Indian Medical Review
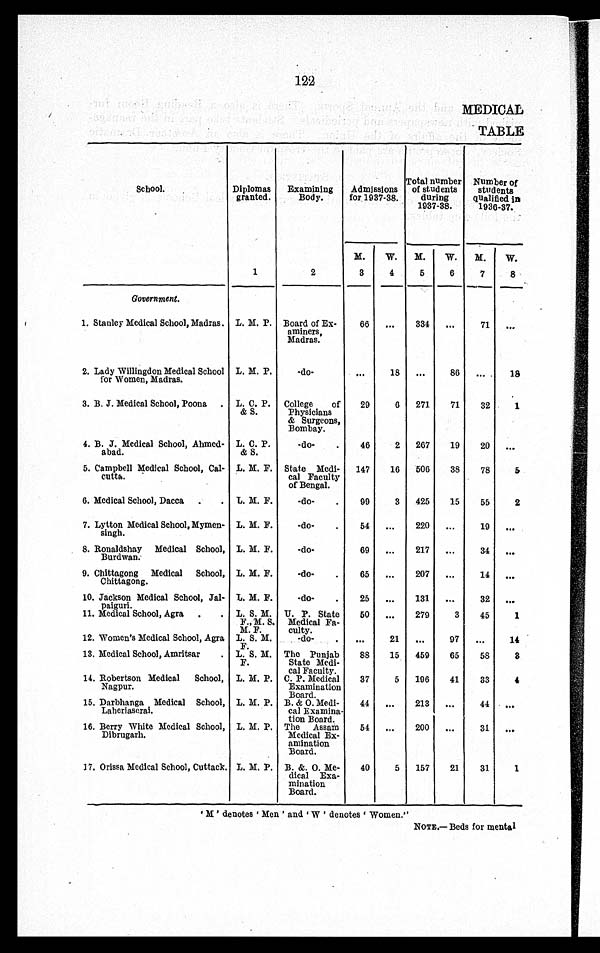
122
MEDICAL
TABLE
School.
Diplomas
granted.
Examining
Body.
Admissions
for 1937-38.
Total number
of students
during
1937-38.
Number of
students
qualified in
1936-37.
M.
W. M.
W. M.
W.
1
2
3
4
5
6
7
8
Government.
1. Stanley Medical School, Madras. L. M. P. Board of Ex-
aminers,
Madras.
66 ...
334 ...
71 ...
2. Lady Willingdon Medical School
for Women, Madras.
L. M. P.
-do-
...
18 ...
86 ...
18
3. B. J. Medical School, Poona . L. C. P.
& S.
College of
Physicians
& Surgeons,
Bombay.
29
6 271
71
32
1
4. B. J. Medical School, Ahmed-
sbad.
L. C. P.
& S.
-do-
46
2 267
19
20 ...
5. Campbell Medical School, Cal-
cutta.
L. M. F. State Medi-
cal Faculty
of Bengal.
147
16 506
38
78
5
6. Medical School, Dacca . .
L. M. F.
-do-
99
3 425
15
55
2
7. Lytton Medical School, Mymen-
singh.
L. M. F.
-do-
54 ...
220 ...
19 ...
8. Ronaldshay Medical School,
Burdwan.
L. M. F.
-do-
69 ...
217 ...
34 ...
9. Chittagong Medical School,
Chittagong.
L. M. F.
-do-
65 ...
207 ...
14 ...
10. Jackson Medical School, Jal-
paiguri.
L. M. F.
-do-
25 ...
131 ...
32 ...
11. Medical School, Agra .
. L. S. M. U. P. State 50 ...
279
3
45
1
F., M. S.
M. F.
Medical Fa-
culty.
12. Women's Medical School, Agra L. S. M.
-do-
...
21 ...
97 ...
14
F.
13. Medical School, Amritsar
. L. S. M. The Punjab
88
15 459
65
58
3
F.
State Medi-
cal Faculty.
14. Robertson Medical School,
Nagpur.
L. M. P. C. P. Medical
Examination
Board.
37
5 196
41
33
4
15. Darbhanga Medical School,
Laheriaserai.
L. M. P. B. & O. Medi-
cal Examina-
tion Board.
44 ...
213 ...
44 ...
16. Berry White Medical School,
Dibrugarh.
L. M. P. The Assam
Medical Ex-
amination
Board.
54 ...
200 ...
31 ...
17, Orissa Medical School, Cuttack, L. M. P. B. &. O. Me-
dical Exa-
mination
Board.
40
5 157
21
31
1
' M ' denotes ' Men ' and W ' denotes Women."
NOTE.— Beds for mental